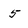
Character: 5